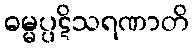
ဓမ္မပ္ပဋိသရဏာတိ